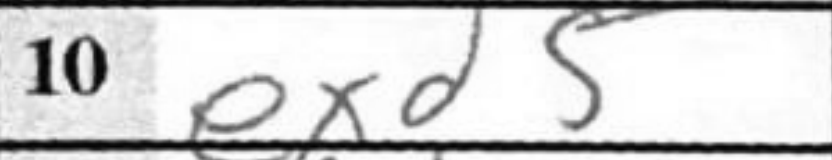
Transcription: exd5